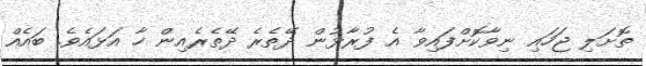
ތޮށަލި ޖަހައި ނިވާކޮށްފައިވާ އެ ފުރާޅުން ދޭތެރެ ދޭތެރެއިން ހާ އަޅައެވެ. ބައެއް